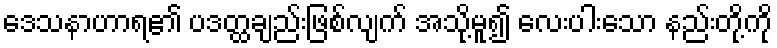
ဒေသနာဟာရ၏ ပဒတ္ထချည်းဖြစ်လျက် အသို့မူ၍ လေးပါးသော နည်းတို့ကို